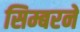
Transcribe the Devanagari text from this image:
सिम्बरने